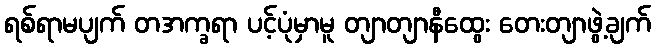
ရစ်ရာမပျက် တအက္ခရာ ပင့်ပုံမှာမူ တျာတျာနီထွေး တေးတျာဖွဲ့ချက်